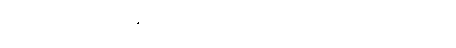
အကုန်လုံး အဆင်ပြေကြပါတယ် လို့ ပြောပါတယ်။